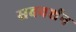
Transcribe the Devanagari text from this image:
सबवर्शन